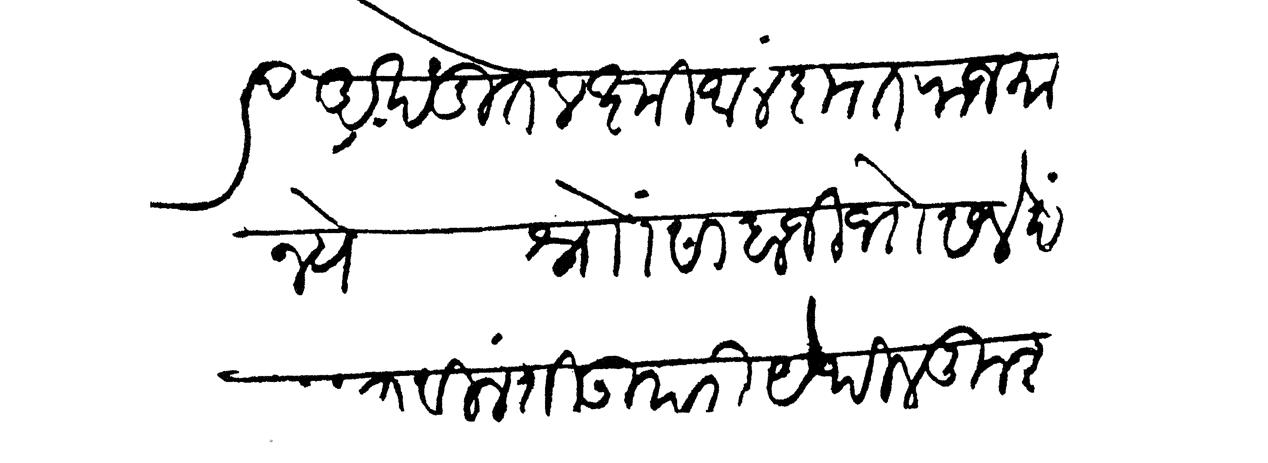
Transliteration (Devanagari): अखंडित लक्ष्मी आलंकृत राजमान्ये श्र्नाों साबाजी भोसले दं  विनंती उपरी येथील कुश